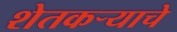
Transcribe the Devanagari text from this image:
शेतकर्‍याचे